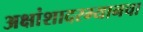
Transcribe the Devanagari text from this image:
अक्षांशादरम्यानचा